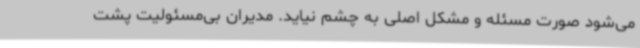
می‌شود صورت مسئله و مشکل اصلی به چشم نیاید. مدیران بی‌مسئولیت پشت